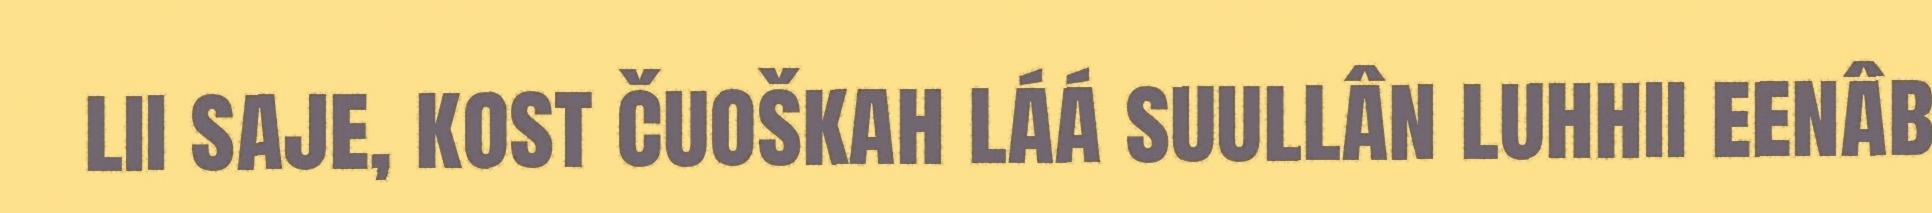
lii saje, kost čuoškah láá suullân luhhii eenâb